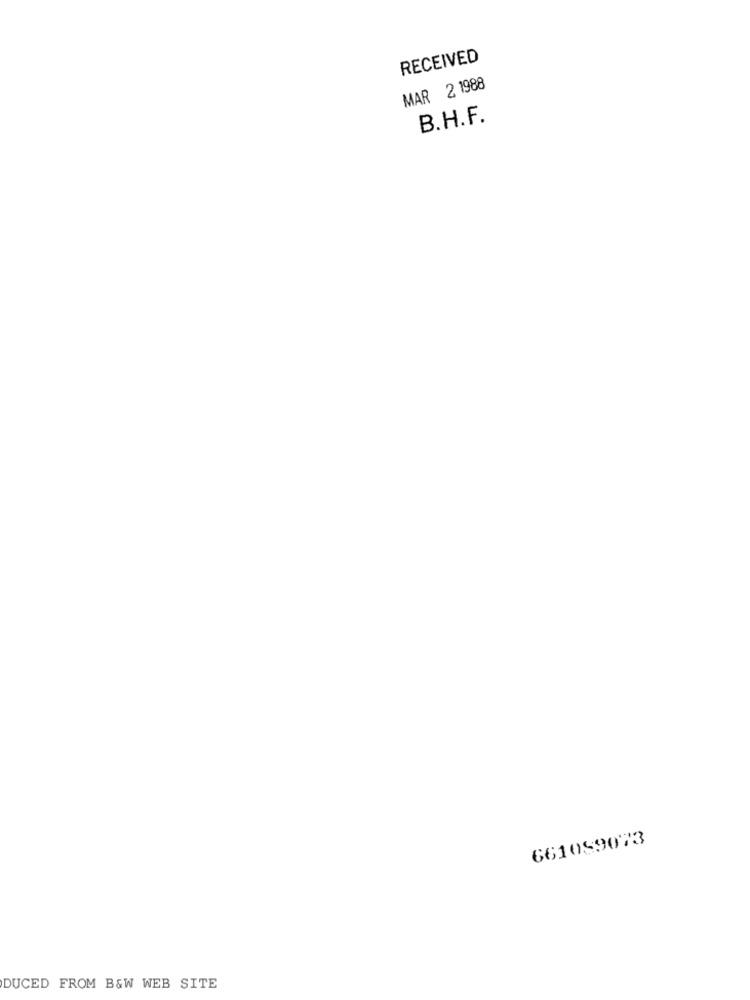
RECEIVED
MAR 2 1988
B.H.F.
661099073
DUCED FROM B&W WEB SITE